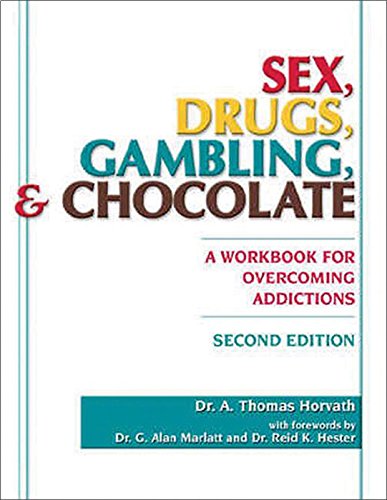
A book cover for Sex, Drugs, Gambling & Chocolate: A Workbook for Overcoming Addictions; A. Thomas Horvath; Health, Fitness & Dieting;